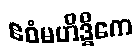
ဧဝံမဟိဒ္ဓိကေ